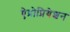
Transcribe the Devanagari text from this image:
ऐप्रोप्रियेशन